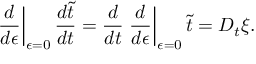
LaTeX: \left. \frac { d } { d \epsilon } \right| _ { \epsilon = 0 } \frac { d \tilde { t } } { d t } = \frac { d } { d t } \left. \frac { d } { d \epsilon } \right| _ { \epsilon = 0 } \tilde { t } = D _ { t } \xi .